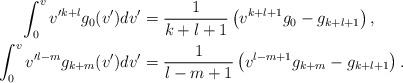
LaTeX: \begin{align*} \int_0^vv'^{k+l}g_0(v')dv'&=\frac{1}{k+l+1}\left(v^{k+l+1}g_0-g_{k+l+1}\right),\\ \int_0^vv'^{l-m}g_{k+m}(v')dv'&=\frac{1}{l-m+1}\left(v^{l-m+1}g_{k+m}-g_{k+l+1}\right).\end{align*}